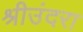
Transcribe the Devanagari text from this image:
श्रीउंदरा